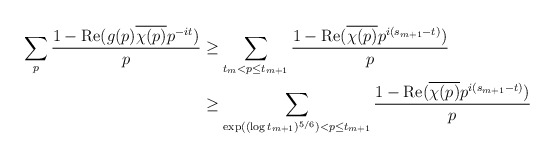
\begin{align*}\sum_p \frac{1 - \operatorname{Re}( g(p) \overline{\chi(p)} p^{-it} )}{p} &\geq \sum_{t_m < p \leq t_{m+1}} \frac{1 - \operatorname{Re}( \overline{\chi(p)} p^{i(s_{m+1}-t)} )}{p} \\ &\geq \sum_{\exp((\log t_{m+1})^{5/6}) < p \leq t_{m+1}} \frac{1 - \operatorname{Re}( \overline{\chi(p)} p^{i(s_{m+1}-t)} )}{p}\end{align*}